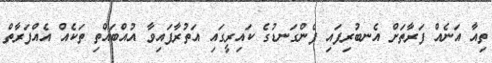
ތިއާ އަނެއް ފަރާތަށް އެނބުރިފައި ފެންގަނޑުގެ ކައިރީގައި އަތުރާފައިވާ އުއްބައްތި ތަކެއް އެއްފަރާތް